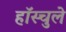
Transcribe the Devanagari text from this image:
हॉस्चुले